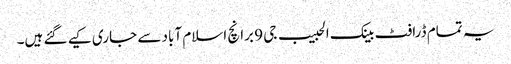
یہ تمام ڈرافٹ بینک الحبیب جی 9 برانچ اسلام آباد سے جاری کیے گئے ہیں۔